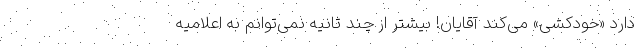
دارد «خودکشی» می‌کند آقایان! بیشتر از چند ثانیه نمی‌توانم به اعلامیه